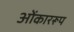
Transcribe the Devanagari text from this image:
ओंकाररूप